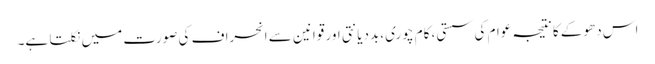
اس دھوکے کا نتیجہ عوام کی سستی، کام چوری، بددیانتی اور قوانین سے انحراف کی صورت میں نکلتا ہے۔